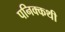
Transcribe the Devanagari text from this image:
पनिक्कथी